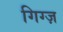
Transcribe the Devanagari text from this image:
गिग्ज़